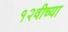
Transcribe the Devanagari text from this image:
१२वीच्या